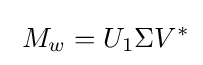
\;M_{w}=U_{1}\Sigma V^{*}